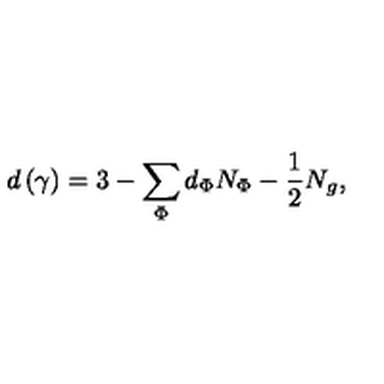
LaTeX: d \left( \gamma \right) = 3 - \sum _ { \Phi } d _ { \Phi } N _ { \Phi } - \frac 1 2 N _ { g } ,